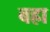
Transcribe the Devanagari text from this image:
बह्रा